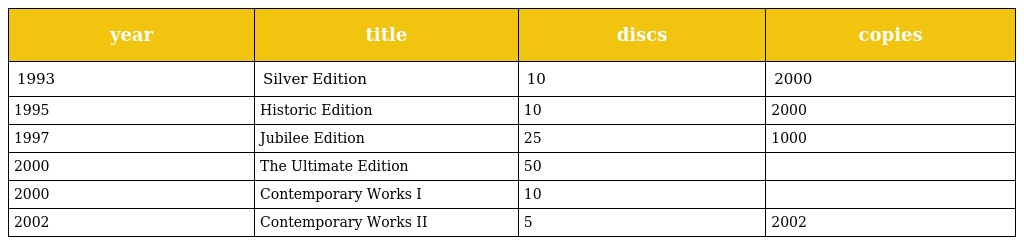
| year | title | discs | copies |
 | --- | --- | --- | --- |
 | 1993 | Silver Edition | 10 | 2000 |
 | 1995 | Historic Edition | 10 | 2000 |
 | 1997 | Jubilee Edition | 25 | 1000 |
 | 2000 | The Ultimate Edition | 50 |  |
 | 2000 | Contemporary Works I | 10 |  |
 | 2002 | Contemporary Works II | 5 | 2002 |